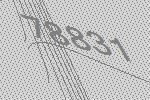
78831